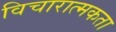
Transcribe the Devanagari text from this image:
विचारात्मकता